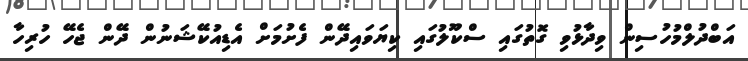
އަބްދުލްމުހުސިން ވިދާޅުވި ގޮތުގައި ސްކޫލުގައި ކިޔަވައިދޭން ފެށުމަށް އެޑިއުކޭޝަނުން ދޭން ޖެހޭ ހުރިހާ